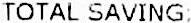
TOTAL SAVING: